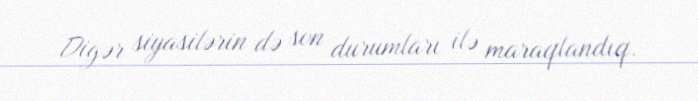
Digər siyasilərin də son durumları ilə maraqlandıq.